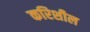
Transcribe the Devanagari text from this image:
करिशील